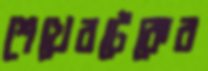
শেখেরটেকের